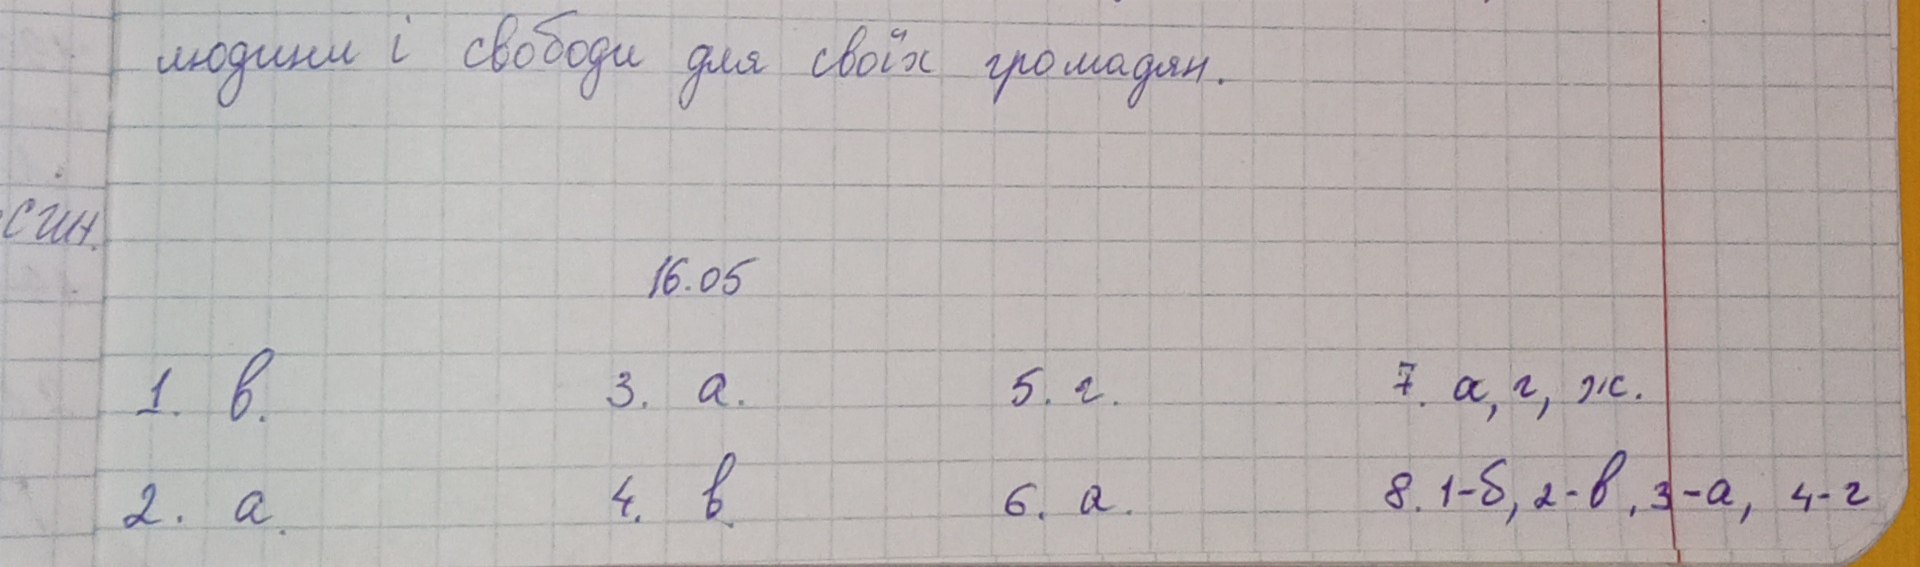
людини і свободи для своїх громадян.
син.
16.05
5. г.
1. в.
7. а, г, ж.
3.а.
8. 1-б, 2-в, 3-а, 4-г.
2. a.
4. в.
6. а.